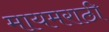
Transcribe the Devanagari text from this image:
मायमराठी